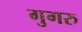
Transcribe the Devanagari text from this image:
गुगरु